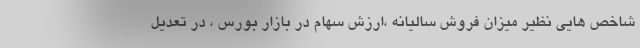
شاخص هایی نظیر میزان فروش سالیانه ،ارزش سهام در بازار بورس ، در تعدیل